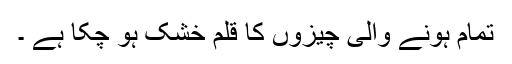
تمام ہونے والی چیزوں کا قلم خشک ہو چکا ہے ۔